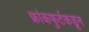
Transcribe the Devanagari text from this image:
फ्रांकफुर्टकडून